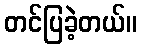
တင်ပြခဲ့တယ်။